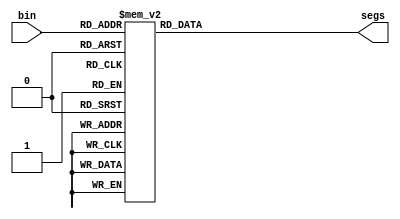
`timescale 1ns / 1ps
//////////////////////////////////////////////////////////////////////////////////
// Company: 
// Engineer: 
// 
// Design Name: 
// Module Name: display
// Project Name: 
// Target Devices: 
// Tool Versions: 
// Description: 
// 
// Dependencies: 
// 
// Revision:
// Revision 0.01 - File Created
// Additional Comments:
// 
//////////////////////////////////////////////////////////////////////////////////


    `define SS_0 8'b00000011
    `define SS_1 8'b10011111
    `define SS_2 8'b00100101
    `define SS_3 8'b00001101
    `define SS_4 8'b10011001
    `define SS_5 8'b01001001
    `define SS_6 8'b01000001
    `define SS_7 8'b00011111
    `define SS_8 8'b00000001
    `define SS_9 8'b00001001
    `define SS_A 8'b00010001
    `define SS_b 8'b11000001
    `define SS_C 8'b01100011
    `define SS_d 8'b10000101
    `define SS_E 8'b01100001
    `define SS_F 8'b01110001
    
module display(
    input [3:0]bin,
    output reg [7:0]segs
    ); 
    
always @*
    case (bin)
        4'd0: segs = `SS_0;
        4'd1: segs = `SS_1;
        4'd2: segs = `SS_2;
        4'd3: segs = `SS_3;
        4'd4: segs = `SS_4;
        4'd5: segs = `SS_5;
        4'd6: segs = `SS_6;
        4'd7: segs = `SS_7;
        4'd8: segs = `SS_8;
        4'd9: segs = `SS_9;
        4'd10: segs = `SS_A;
        4'd11: segs = `SS_b;
        4'd12: segs = `SS_C;
        4'd13: segs = `SS_d;
        4'd14: segs = `SS_E;
        4'd15: segs = `SS_F;
        default: segs = 8'b00000000;
    endcase
    
endmodule